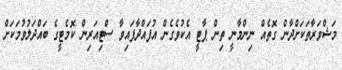
މަޝްވަރާތަކަށްދާން ގޮތެއް ނިންމާނީ ތިން ޕާޓީ އެކުވެގެން އުފައްދާފައިވާ ސްޓިއަރިން ކޮމެޓީގެ ބައްދަލުވުމަކަށް